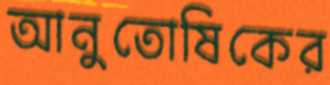
আনুতোষিকের